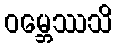
ဝမ္ဘေဿသိ